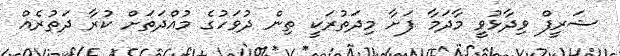
ޝަރީފް ވިދާޅުވީ މާދަމާ ފަށާ މިދަތުުރަކީ ތިން ދުވަހުގެ މުއްދަތަށް ކުރާ ދަތުރެއް